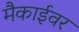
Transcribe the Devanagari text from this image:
मैकाईवर